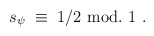
\begin{align*}s_\psi \;\equiv\; 1/2~{\rm mod.~}1~.\end{align*}